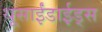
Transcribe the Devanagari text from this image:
थूसाईंडाईड्स